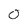
Character: 0